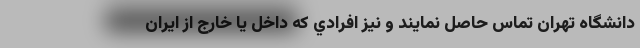
دانشگاه تهران تماس حاصل نمايند و نيز افرادي كه داخل یا خارج از ايران